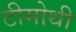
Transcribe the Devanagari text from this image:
टीमोथी